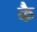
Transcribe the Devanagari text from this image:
कै